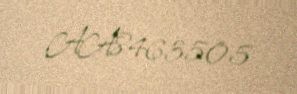
AA8463505